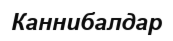
Каннибалдар